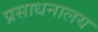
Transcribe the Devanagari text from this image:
प्रसाधनालय